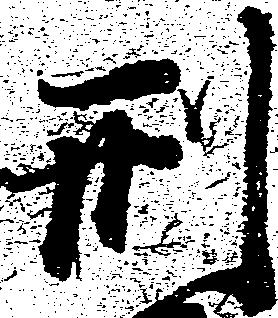
刑